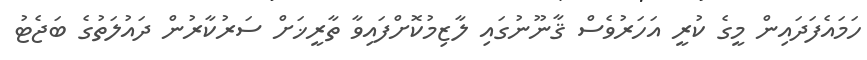
ހަމައެފަދައިން މީގެ ކުރީ އަހަރުވެސް ޤާނޫނުގައި ލާޒިމުކޮށްފައިވާ ތާރީޚަށް ސަރުކާރުން ދައުލަތުގެ ބަޖެޓު